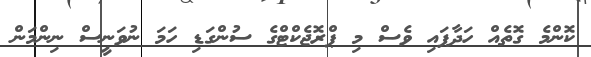
ކޮންމެ ގޮތެއް ހަދާފައި ވެސް މި ޕްރޮޖެކްޓްގެ ސުންގަޑި ހަމަ ނުވަނީސް ނިންމަން